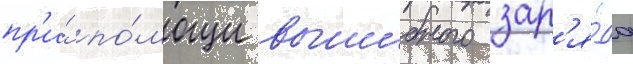
пр'и́ по́мощи вышибного зар'я́да